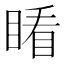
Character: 𥈧